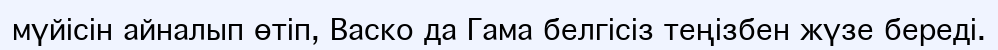
мүйісін айналып өтіп, Васко да Гама белгісіз теңізбен жүзе береді.